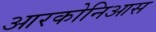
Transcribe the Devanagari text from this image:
आरकोनिआस